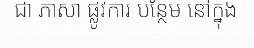
ជា ភាសា ផ្លូវការ បន្ថែម នៅក្នុង